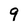
Character: 9